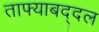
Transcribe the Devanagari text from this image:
ताफ्याबद्दल